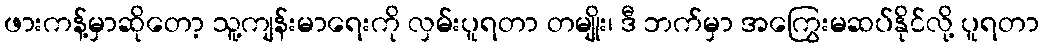
ဖားကန့်မှာဆိုတော့ သူ့ကျန်းမာရေးကို လှမ်းပူရတာ တမျိုး၊ ဒီ ဘက်မှာ အကြွေးမဆပ်နိုင်လို့ ပူရတာ